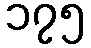
၁၇၅